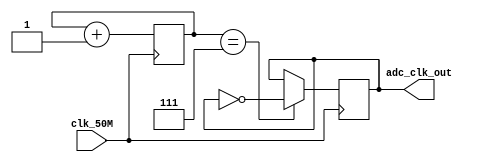
module Frequency_Scaling(
    input clk_50M,
    output reg adc_clk_out
);

// Declaring registers
reg [2:0] s_clk_counter = 0;

// For ADC Module 50Mhz to 3.125Mhz
always @(negedge clk_50M) begin
    if (s_clk_counter == 7) adc_clk_out = ~adc_clk_out;
    s_clk_counter = s_clk_counter + 1'b1;
end

endmodule